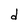
Character: d